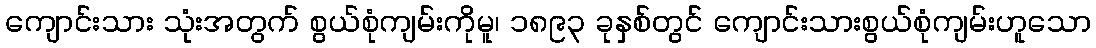
ကျောင်းသား သုံးအတွက် စွယ်စုံကျမ်းကိုမူ၊ ၁၈၉၃ ခုနှစ်တွင် ကျောင်းသားစွယ်စုံကျမ်းဟူသော